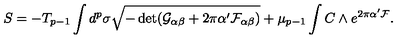
S = - T _ { p - 1 } \int d ^ { p } \sigma \sqrt { - \det ( \mathcal { G } _ { \alpha \beta } + 2 \pi \alpha ^ { \prime } \mathcal { F } _ { \alpha \beta } ) } + \mu _ { p - 1 } \int C \wedge e ^ { 2 \pi \alpha ^ { \prime } \mathcal { F } } .